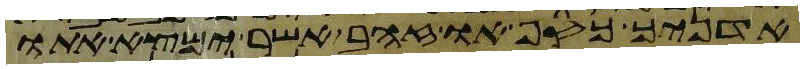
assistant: אדניך כסף או זהב אשר ימצא אתו